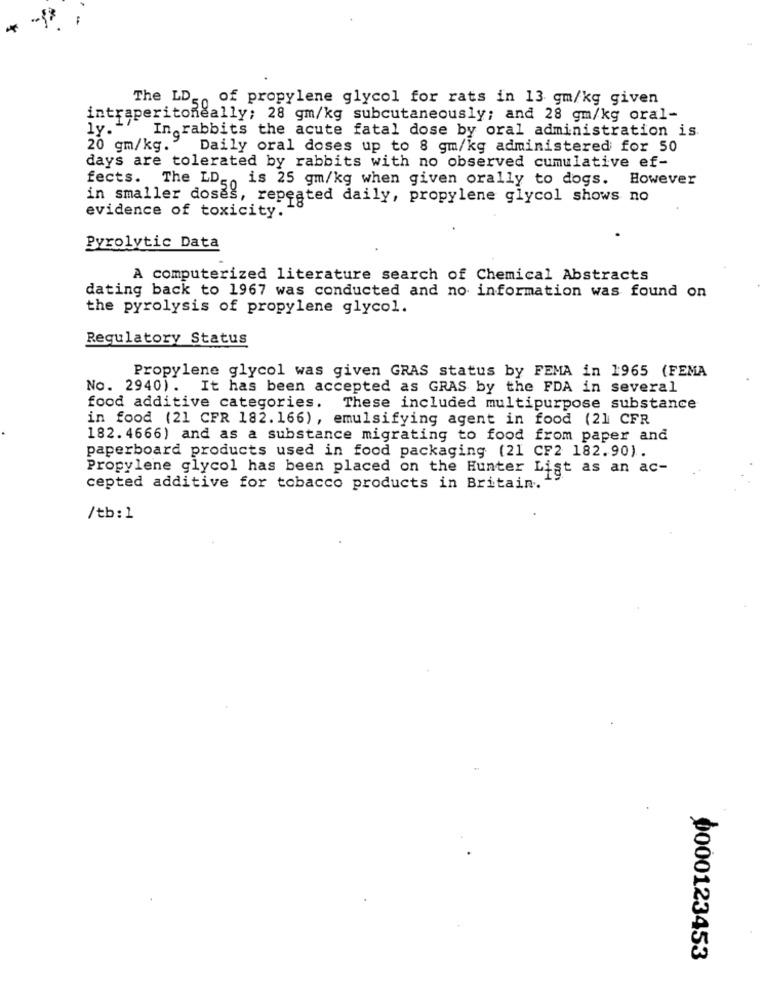
The LD, of propylene glycol for rats in 13 gm/kg given
intraperitoneally; 28 gm/kg subcutaneously; and 28 gm/kg oral-
ly.
In rabbits the acute fatal dose by oral administration is.
20 gm/kg."
Daily oral doses up to 8 gm/kg administered for 50
days are tolerated by rabbits with no observed cumulative ef-
fects. The LD, is 25 gm/kg when given orally to dogs. However
in smaller doses, repeated daily, propylene glycol shows no
evidence of toxicity.
Pyrolytic Data
A computerized literature search of Chemical Abstracts
dating back to 1967 was conducted and no information was found on
the pyrolysis of propylene glycol.
Regulatory Status
Propylene glycol was given GRAS status by FEMA in 1965 (FEMA
No. 2940). It has been accepted as GRAS by the FDA in several
food additive categories. These included multipurpose substance
in food (21 CFR 182. 166), emulsifying agent in food (21 CFR
182. 4666) and as a substance migrating to food from paper and
paperboard products used in food packaging (21 CF2 182.90).
Propylene glycol has been placed on the Hunter List as an ac-
cepted additive for tobacco products in Britain.
/tb: 1
0000123453